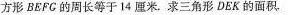
方形BEFG的周长等于14厘米.求三角形DEK的面积.